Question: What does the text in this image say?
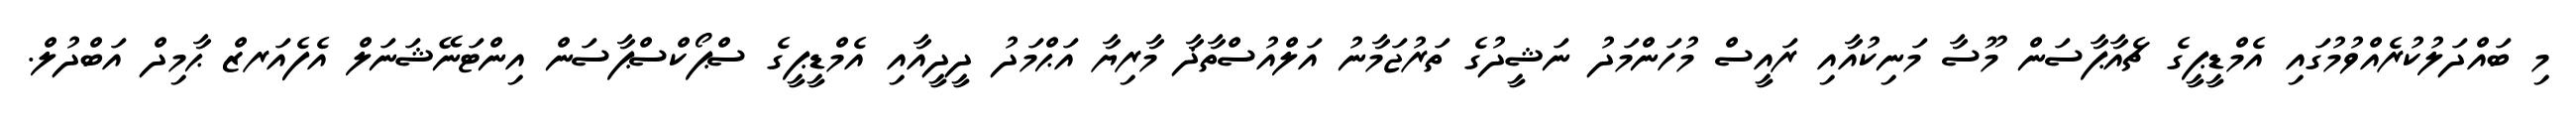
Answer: މި ބައްދަލުކުރެއްވުމުގައި އެމްޑީޕީގެ ޗެއާޕާސަން މޫސާ މަނިކުއާއި ރައީސް މުހަންމަދު ނަޝީދުގެ ތަރުޖަމާނު އަލްއުސްތާޛާ މާރިޔާ އަޙްމަދު ދީދީއާއި އެމްޑީޕީގެ ސްޕޯކްސްޕާސަން އިންޓަނޭޝަނަލް އެފެއަރޒް ޙާމިދް އަބްދުލް.